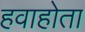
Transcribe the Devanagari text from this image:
हवाहोता